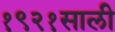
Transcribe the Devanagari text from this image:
१९२१साली